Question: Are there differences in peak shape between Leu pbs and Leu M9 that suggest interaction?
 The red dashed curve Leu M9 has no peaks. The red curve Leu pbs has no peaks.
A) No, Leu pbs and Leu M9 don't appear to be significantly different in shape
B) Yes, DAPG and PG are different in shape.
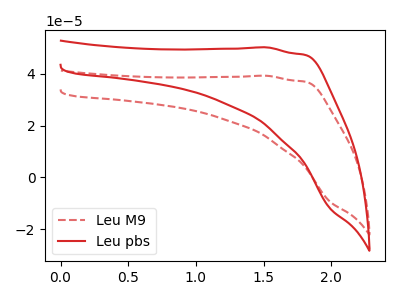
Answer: <think>Neither "Leu pbs" or "Leu M9" have any peaks.
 </think>
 <answer>A) No, "Leu pbs" and "Leu M9" don't appear to be significantly different in shape</answer>
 <eval>A</eval>